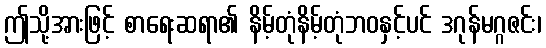
ဤသို့အားဖြင့် စာရေးဆရာ၏ နိမ့်တုံနိမ့်တုံဘဝနှင့်ပင် ဒဂုန်မဂ္ဂဇင်း၊